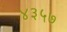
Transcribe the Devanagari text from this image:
४३५७